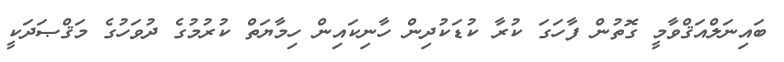
ބައިނަލްއަޤްވާމީ ގޮތުން ފާހަގަ ކުރާ ކުޑަކުދިން ހާނިކައިން ހިމާޔަތް ކުރުމުގެ ދުވަހުގެ މަޤްޞަދަކީ